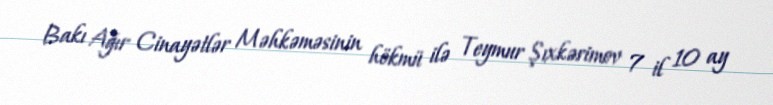
Bakı Ağır Cinayətlər Məhkəməsinin hökmü ilə Teymur Şıxkərimov 7 il 10 ay